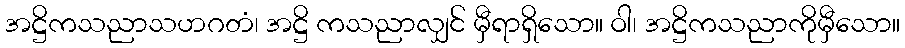
အဋ္ဌိကသညာသဟဂတံ၊ အဋ္ဌိ ကသညာလျှင် မှီရာရှိသော။ ဝါ၊ အဋ္ဌိကသညာကိုမှီသော။